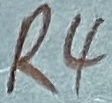
Text: R4